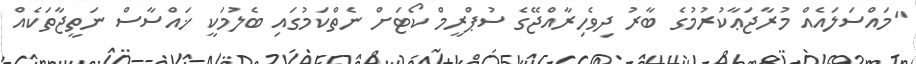
"މައްސަލައެއް މުރާޖަޢާކުރުމުގެ ބާރު ދިވެހިރާއްޖޭގެ ސުޕްރީމް ކޯޓަށް ނެތްކަމުގައި ބެލުމަކީ ޚައްސާސް ނަތީޖާތަކެއް